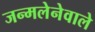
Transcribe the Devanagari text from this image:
जन्मलेनेवाले